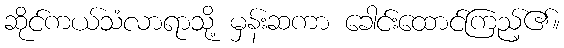
ဆိုင်ကယ်သံလာရာသို့ မှန်းဆကာ ခေါင်းထောင်ကြည့်၏။